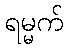
ရမ္မက်